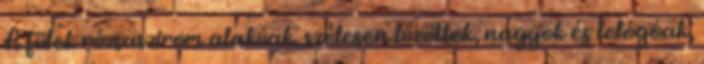
A fülek rózsaszirom alakúak, szélesen tűzöttek, nagyok és lelógóak,